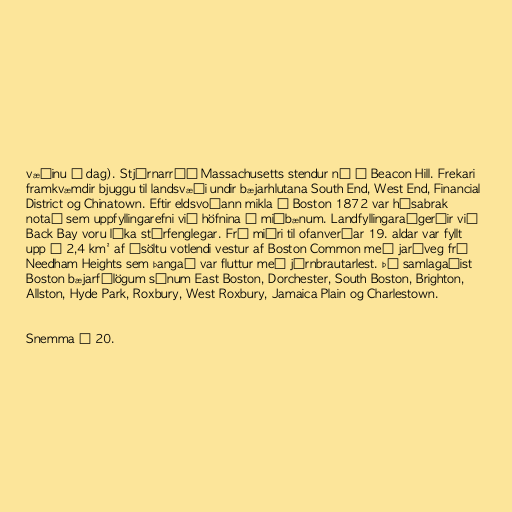
væðinu í dag). Stjórnarráð Massachusetts stendur nú á Beacon Hill. Frekari
framkvæmdir bjuggu til landsvæði undir bæjarhlutana South End, West End, Financial
District og Chinatown. Eftir eldsvoðann mikla í Boston 1872 var húsabrak
notað sem uppfyllingarefni við höfnina í miðbænum. Landfyllingaraðgerðir við
Back Bay voru líka stórfenglegar. Frá miðri til ofanverðar 19. aldar var fyllt
upp í 2,4 km² af ísöltu votlendi vestur af Boston Common með jarðveg frá
Needham Heights sem þangað var fluttur með járnbrautarlest. Þá samlagaðist
Boston bæjarfélögum sínum East Boston, Dorchester, South Boston, Brighton,
Allston, Hyde Park, Roxbury, West Roxbury, Jamaica Plain og Charlestown.

Snemma á 20.